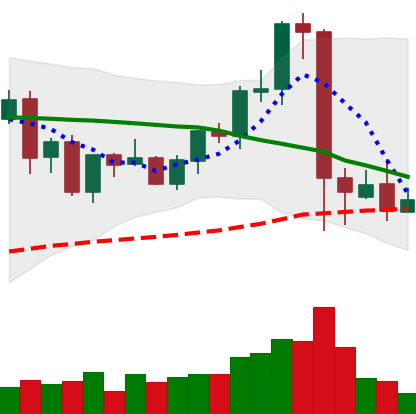
Ticker: EOS-USD
Chart end date: 2021-09-11
Forward return: 7.315%
Label: up_7plus